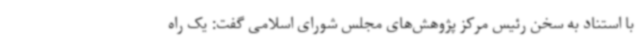
با استناد به سخن رئیس مرکز پژوهش‌های مجلس شورای اسلامی گفت: یک راه